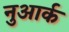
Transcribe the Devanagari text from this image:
नुआर्क